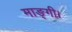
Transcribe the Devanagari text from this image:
माङ्गी।